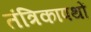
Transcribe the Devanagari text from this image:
तंत्रिकापथों